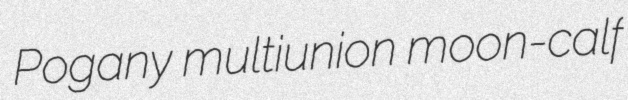
Pogany multiunion moon-calf